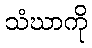
သံဃာကို